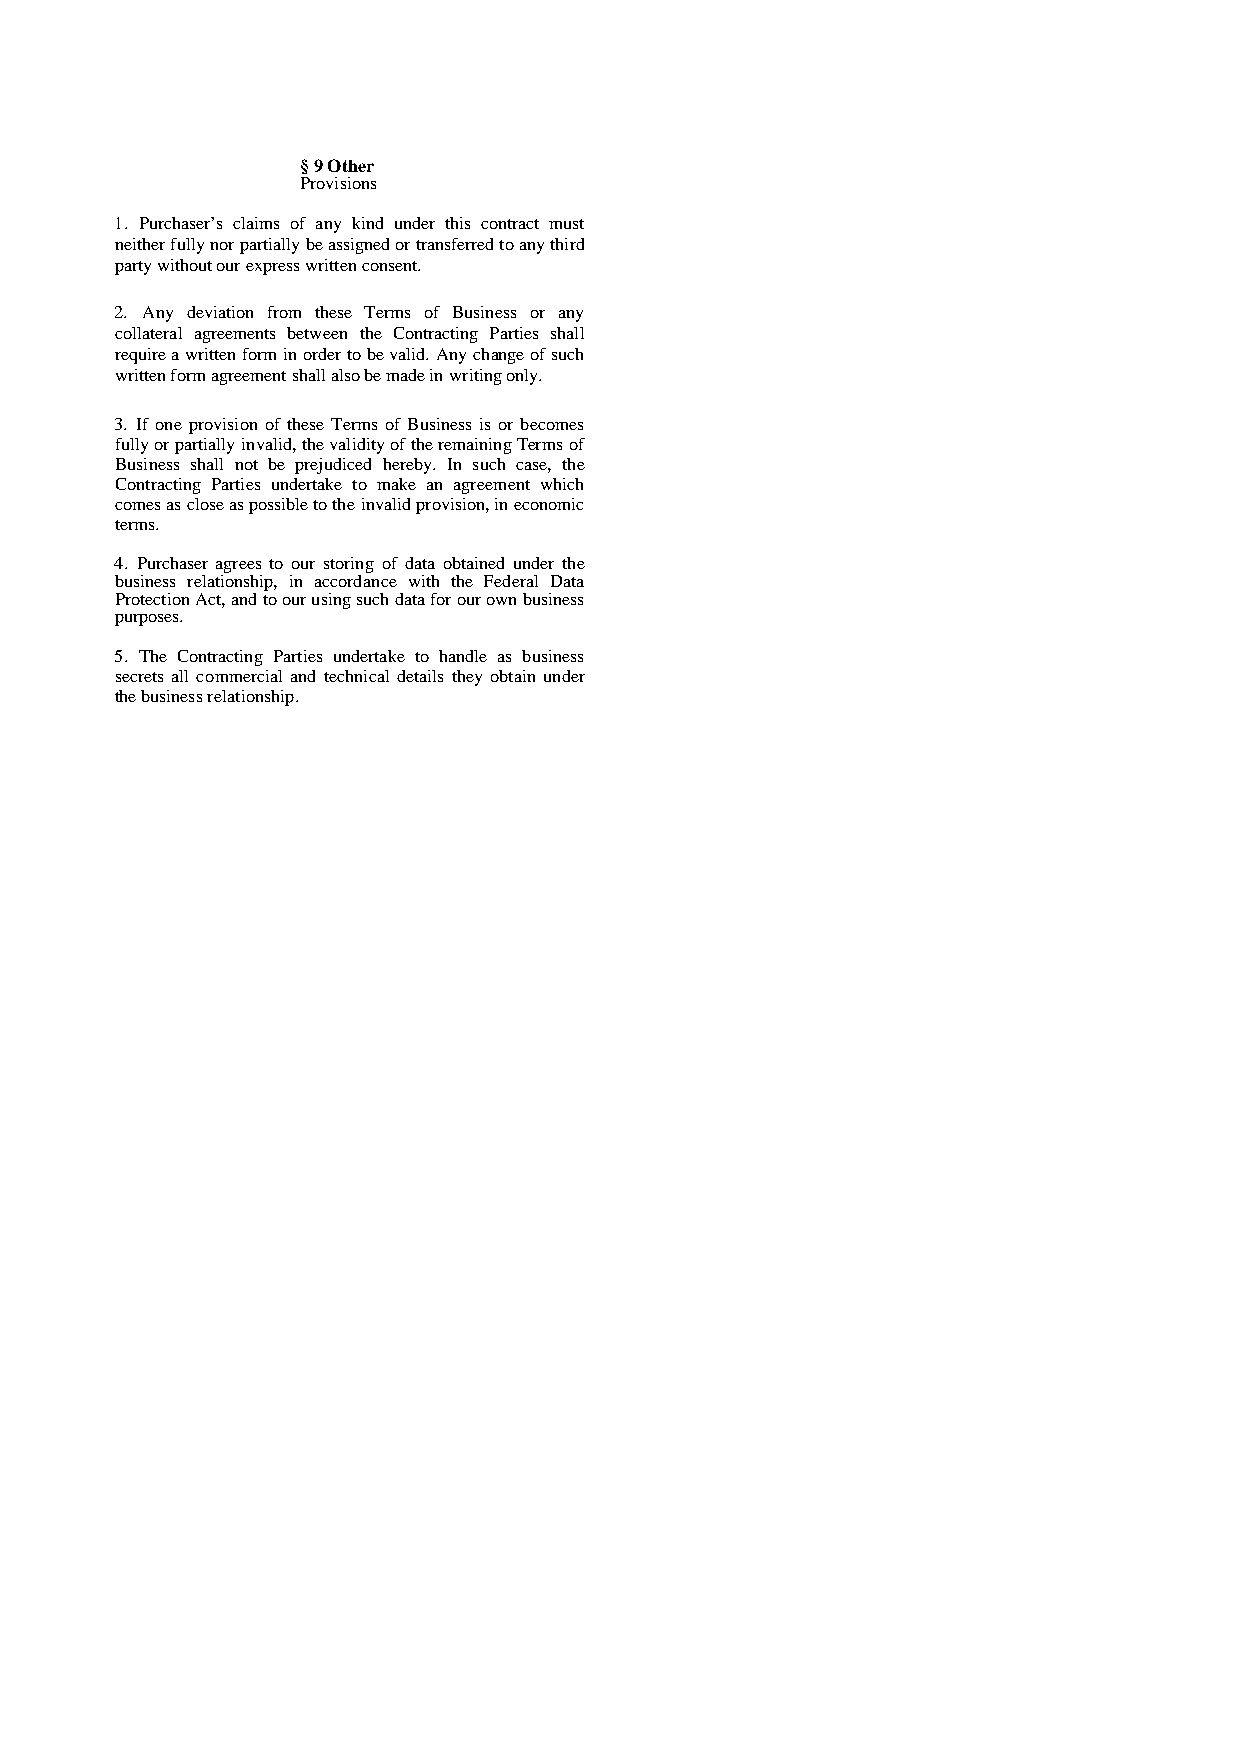
§ 9 Other
 Provisions
 1. Purchaser’s claims of any kind under this contract must
 neither fully nor partially be assigned or transferred to any third
 party without our express written consent.
 2. Any deviation from these Terms of Business or any
 collateral agreements between the Contracting Parties shall
 require a written form in order to be valid. Any change of such
 written form agreement shall also be made in writing only.
 3. If one provision of these Terms of Business is or becomes
 fully or partially invalid, the validity of the remaining Terms of
 Business shall not be prejudiced hereby. In such case, the
 Contracting Parties undertake to make an agreement which
 comes as close as possible to the invalid provision, in economic
 terms.
 4. Purchaser agrees to our storing of data obtained under the
 business relationship, in accordance with the Federal Data
 Protection Act, and to our using such data for our own business
 purposes.
 5. The Contracting Parties undertake to handle as business
 secrets all commercial and technical details they obtain under
 the business relationship.